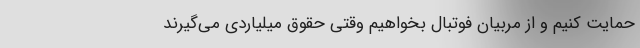
حمایت کنیم و از مربیان فوتبال بخواهیم وقتی حقوق میلیاردی می‌گیرند